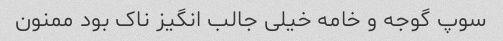
سوپ گوجه و خامه خیلی جالب انگیز ناک بود ممنون